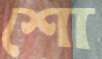
শো